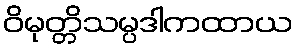
ဝိမုတ္တိသမ္ပဒါကထာယ